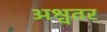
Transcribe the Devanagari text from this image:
अश्वतर